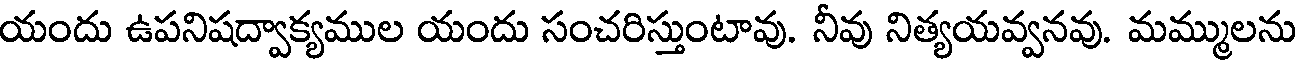
యందు ఉపనిషద్వాక్యముల యందు సంచరిస్తుంటావు. నీవు నిత్యయవ్వనవు. మమ్ములను